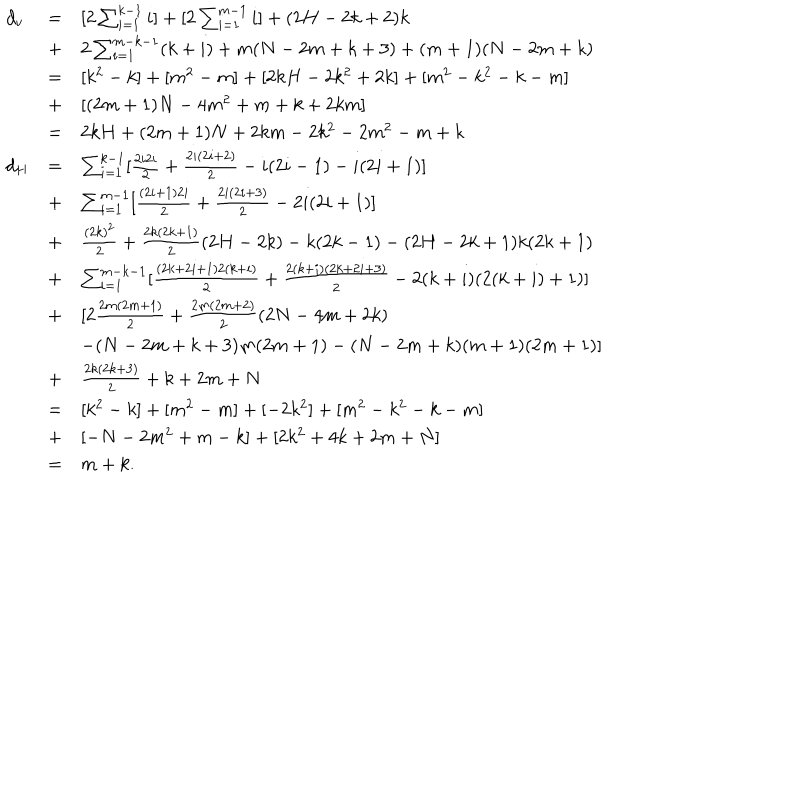
LaTeX: \begin{array} { l l l } { { d _ { v } } } & { { = } } & { { [ 2 \sum _ { i = 1 } ^ { k - 1 } i ] + [ 2 \sum _ { i = 1 } ^ { m - 1 } i ] + ( 2 H - 2 k + 2 ) k } } \\ { { } } & { { + } } & { { 2 \sum _ { i = 1 } ^ { m - k - 1 } ( k + i ) + m ( N - 2 m + k + 3 ) + ( m + 1 ) ( N - 2 m + k ) } } \\ { { } } & { { = } } & { { [ k ^ { 2 } - k ] + [ m ^ { 2 } - m ] + [ 2 k H - 2 k ^ { 2 } + 2 k ] + [ m ^ { 2 } - k ^ { 2 } - k - m ] } } \\ { { } } & { { + } } & { { [ ( 2 m + 1 ) N - 4 m ^ { 2 } + m + k + 2 k m ] } } \\ { { } } & { { = } } & { { 2 k H + ( 2 m + 1 ) N + 2 k m - 2 k ^ { 2 } - 2 m ^ { 2 } - m + k } } \\ { { d _ { H } } } & { { = } } & { { \sum _ { i = 1 } ^ { k - 1 } [ \frac { 2 i 2 i } { 2 } + \frac { 2 i ( 2 i + 2 ) } { 2 } - i ( 2 i - 1 ) - i ( 2 i + 1 ) ] } } \\ { { } } & { { + } } & { { \sum _ { i = 1 } ^ { m - 1 } [ \frac { ( 2 i + 1 ) 2 i } { 2 } + \frac { 2 i ( 2 i + 3 ) } { 2 } - 2 i ( 2 i + 1 ) ] } } \\ { { } } & { { + } } & { { \frac { ( 2 k ) ^ { 2 } } { 2 } + \frac { 2 k ( 2 k + 1 ) } { 2 } ( 2 H - 2 k ) - k ( 2 k - 1 ) - ( 2 H - 2 k + 1 ) k ( 2 k + 1 ) } } \\ { { } } & { { + } } & { { \sum _ { i = 1 } ^ { m - k - 1 } [ \frac { ( 2 k + 2 i + 1 ) 2 ( k + i ) } { 2 } + \frac { 2 ( k + i ) ( 2 k + 2 i + 3 ) } { 2 } - 2 ( k + i ) ( 2 ( k + i ) + 1 ) ] } } \\ { { } } & { { + } } & { { [ 2 \frac { 2 m ( 2 m + 1 ) } { 2 } + \frac { 2 m ( 2 m + 2 ) } { 2 } ( 2 N - 4 m + 2 k ) } } \\ { { } } & { { } } & { { - ( N - 2 m + k + 3 ) m ( 2 m + 1 ) - ( N - 2 m + k ) ( m + 1 ) ( 2 m + 1 ) ] } } \\ { { } } & { { + } } & { { \frac { 2 k ( 2 k + 3 ) } { 2 } + k + 2 m + N } } \\ { { } } & { { = } } & { { [ k ^ { 2 } - k ] + [ m ^ { 2 } - m ] + [ - 2 k ^ { 2 } ] + [ m ^ { 2 } - k ^ { 2 } - k - m ] } } \\ { { } } & { { + } } & { { [ - N - 2 m ^ { 2 } + m - k ] + [ 2 k ^ { 2 } + 4 k + 2 m + N ] } } \\ { { } } & { { = } } & { { m + k . } } \\ \end{array}